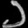
Digit: ၁